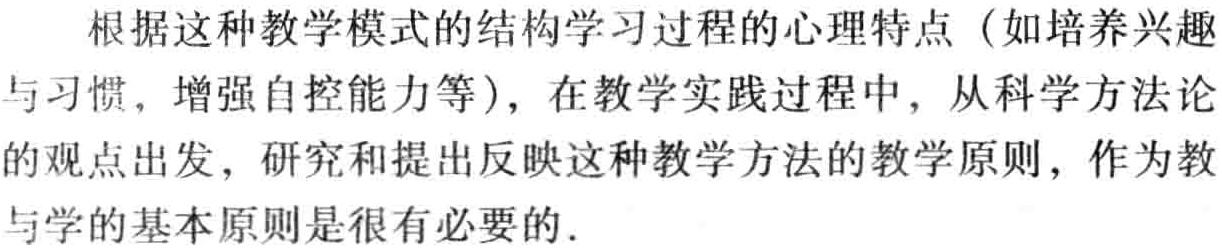
根据这种教学模式的结构学习过程的心理特点（如培养兴趣与习惯，增强自控能力等），在教学实践过程中，从科学方法论的观点出发，研究和提出反映这种教学方法的教学原则，作为教与学的基本原则是很有必要的.